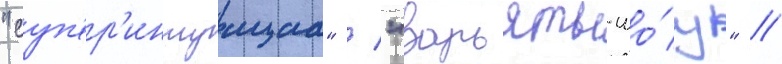
"суп'ер'интуициа" / "варьяты-шо́у" //